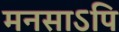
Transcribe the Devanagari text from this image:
मनसाऽपि